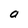
Character: a